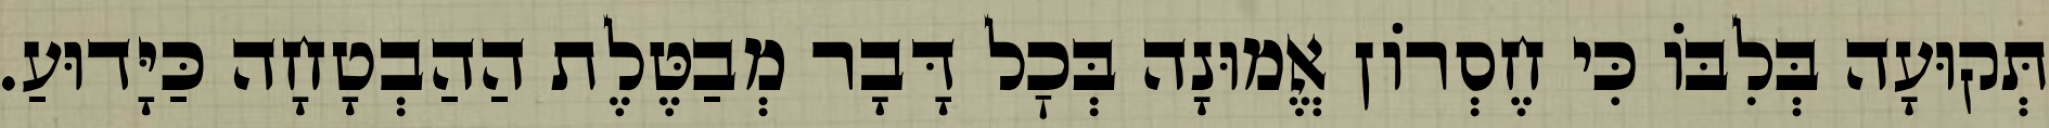
תְּקוּעָה בְּלִבּוֹ כִּי חֶסְרוֹן אֱמוּנָה בְּכׇל דָּבָר מְבַטֶּלֶת הַהַבְטָחָה כַּיָּדוּעַ.